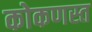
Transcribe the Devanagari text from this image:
कोकणस्त